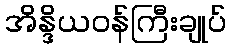
အိန္ဒိယဝန်ကြီးချုပ်